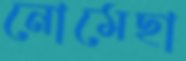
নোমেছা